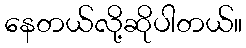
နေတယ်လို့ဆိုပါတယ်။